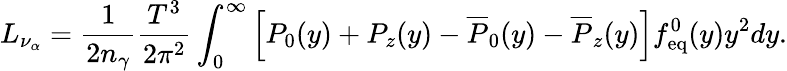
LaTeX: L_{\nu_{\alpha}}=\frac{1}{2n_{\gamma}}\frac{T^{3}}{2\pi^{2}}\int_{0}^{\infty}\left[P_{0}(y)+P_{z}(y)-\overline{{{P}}}_{0}(y)-\overline{{{P}}}_{z}(y)\right]f_{\mathrm{eq}}^{0}(y)y^{2}dy.